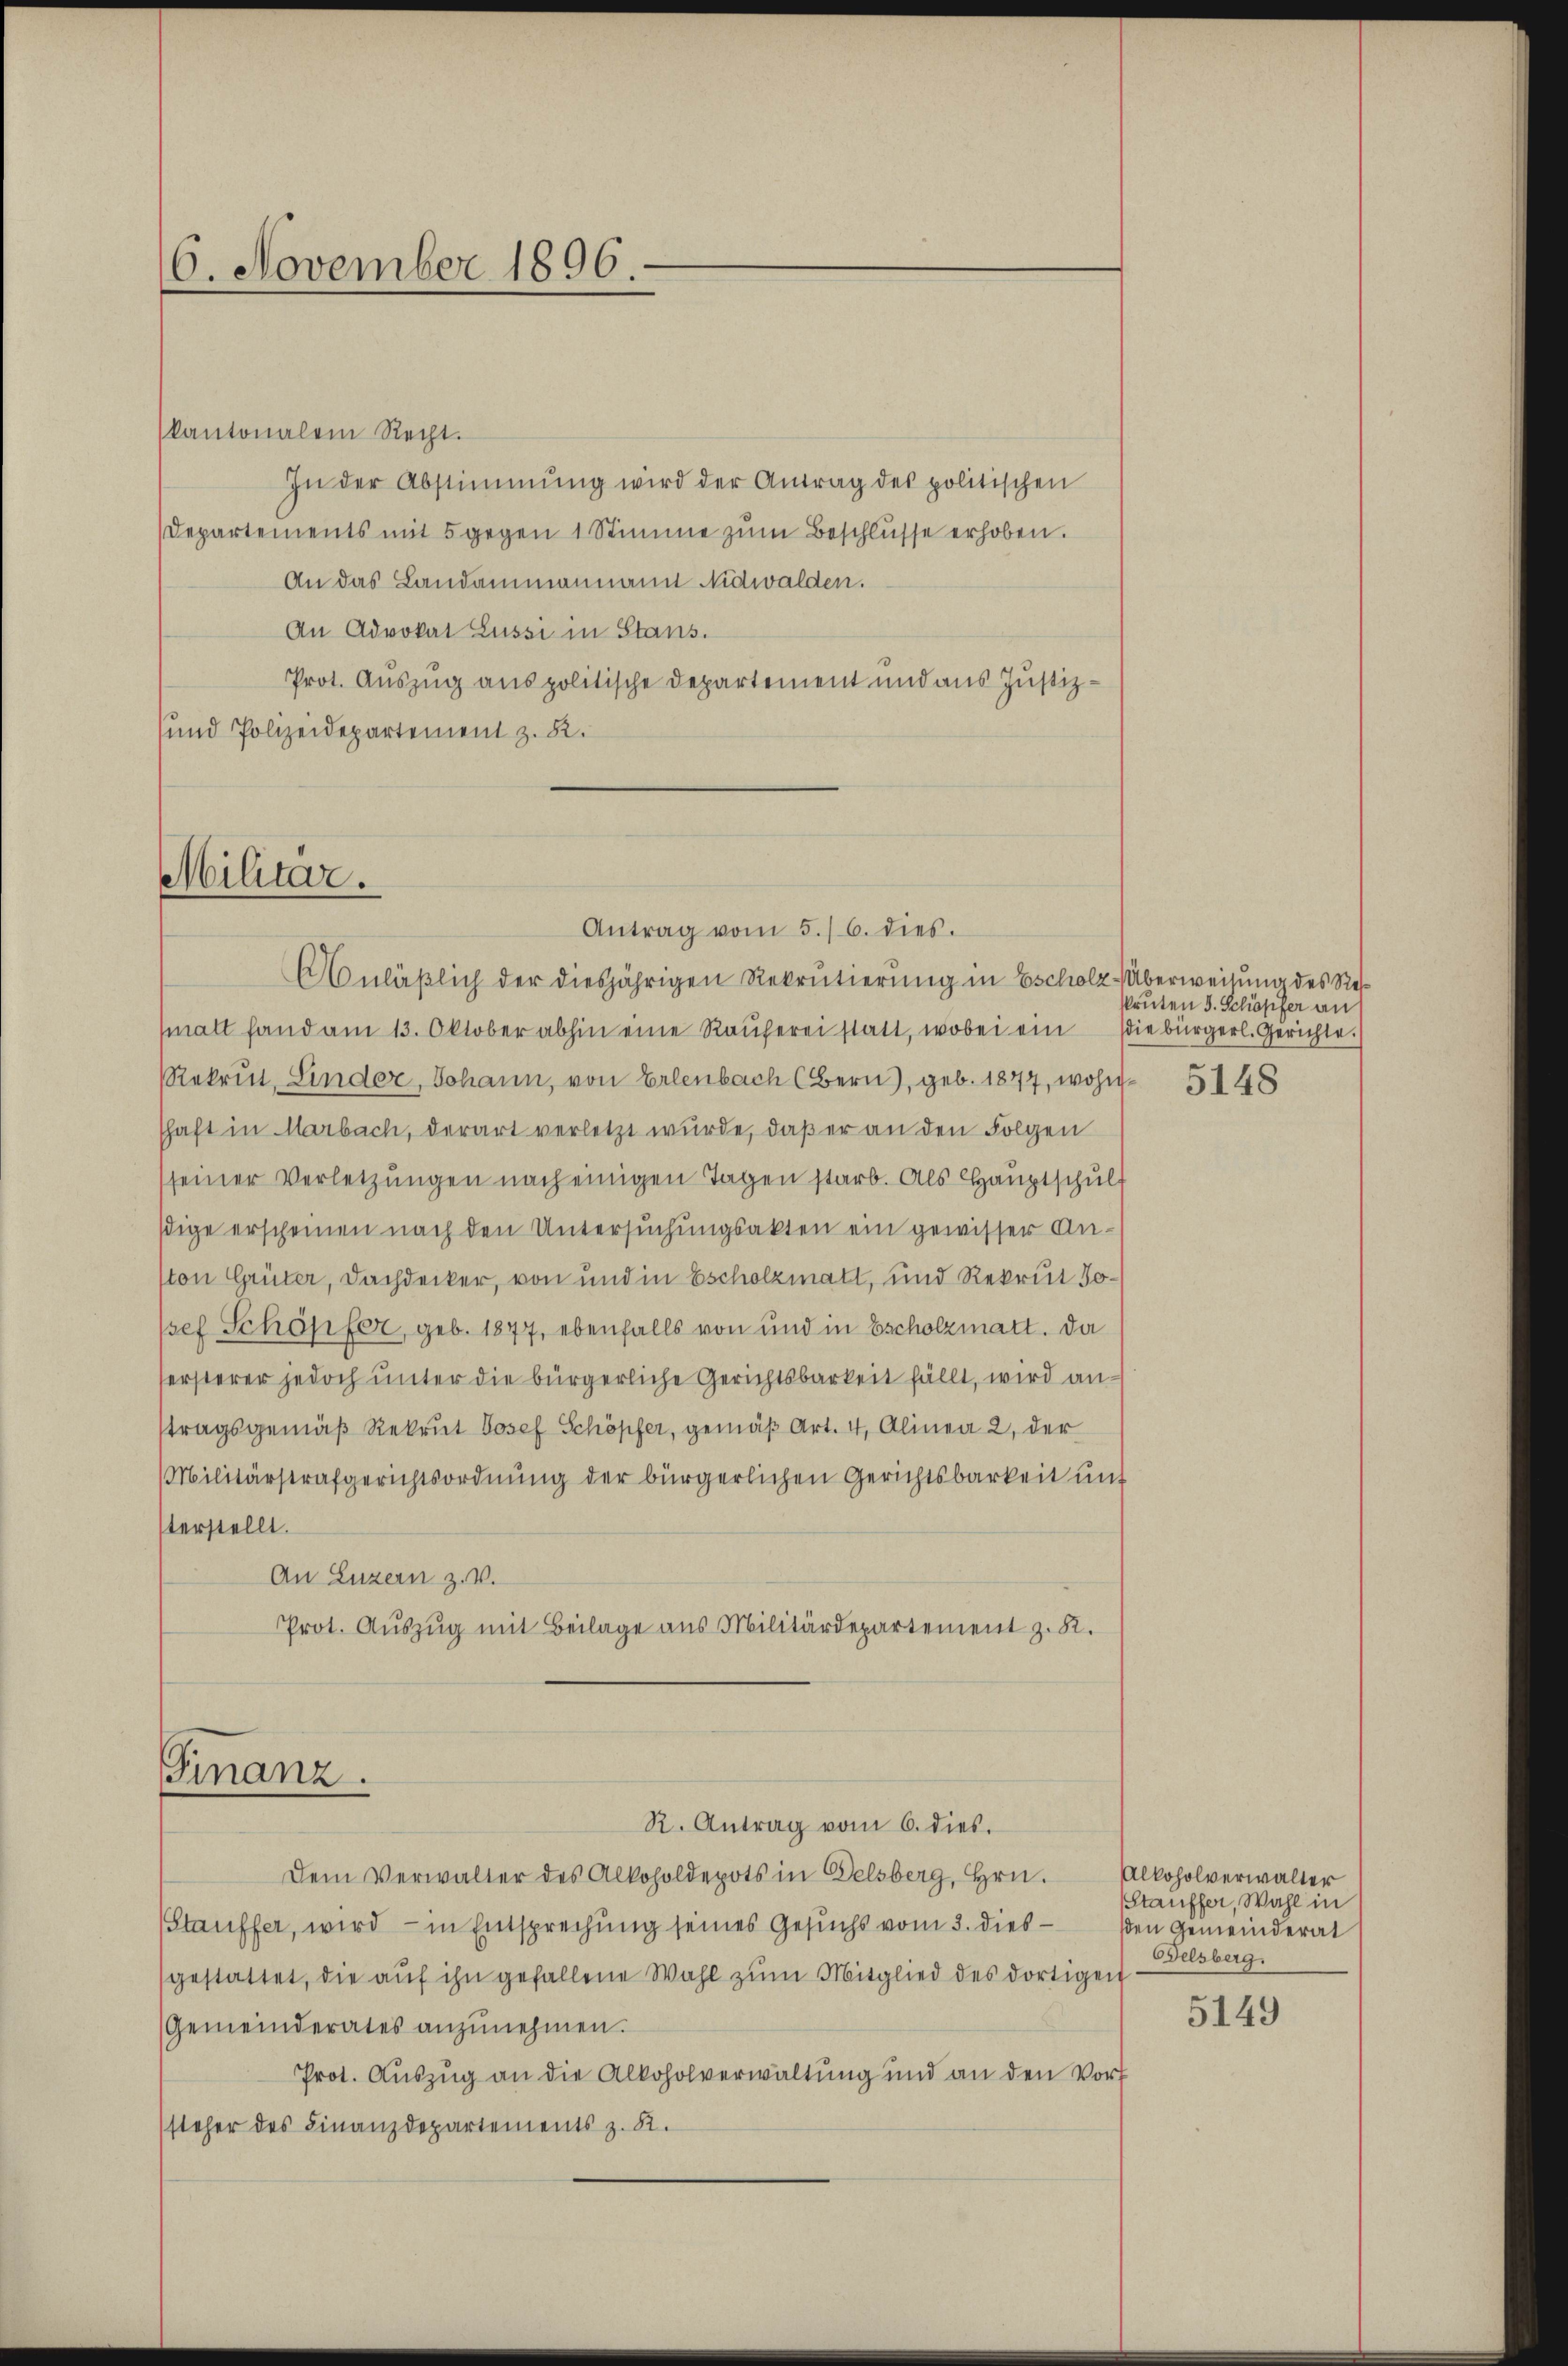
16. November 1896.

kantonalem Recht.
In der Abstimmung wird der Antrag des politischen
Departements mit 5 gegen 1 Stimme zŭm Beschlüsse erhoben.
An das Landammannamn Nidwalden.
An Advokat Lussi in Stans.
Prot. Auszug aus politische Departement und aus Justiz¬
und Polizeidepartement z. B.

Militar.
Antrag vom 5./6. dies.

Anläßlich der diesjährigen Rekrutierung in Escholz-Überweisung des Stelmalt fand am 13. Oktober abhin eine Raŭferei statt, wobei ein die bürgerl. Gerichte.
Rekrut, Linder, Johann, von Erlenbach (Bern), geb. 1877, wohn- 5148
shaft in Marbach, derart verletzt wurde, daß er an den Folgen
sseiner Verletzŭngen nach einigen Tagen starb. Als Hauptschulsdige erscheinen nach den Untersuchungsakten ein gewisser Anton Grüter, Dachdecker, von und in Escholzmatt, und Rekrut J.
/sef Schöpfer, geb. 1877, ebenfalls von und in Escholzmatt. Da
sersterer jedoch unter die bürgerliche Gerichtsbarkeit fällt, wird antragsgemäß Rekrut Josef Schöpfer, gemäß Art. 4, Alinea 2, der
Militärstrafgerichtsordnung der bürgerlichen Gerichtsbarkeit unt
terstellt.
An Luzern z.B.
Prot. Auszug mit Beilage aus Militärdepartement z. B.
Finanz.
R. Antrag vom 6. dies.
Dem Verwalter des Alkoholdepots in Delsberg, Hrn. Alkoholverwalter
Stauffer, wird – in Entsprechung seines Gesuchs vom 3. dies
gestattet, die aŭf ihn gefallene Wahl zŭm Mitglied des dortigen
Gemeinderates anzŭnehmen.
Prot. Auszug an die Alkoholverwaltung und an den Vorf
steher des Finanzdepartements z. B.

Pruten d. Schöpfer an

Stauffer, Wahl in
den Gemeinderat
Belsberg.

5149